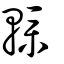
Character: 轐